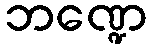
ဘဏ္ဍေ